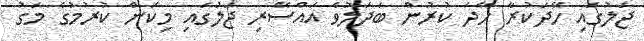
ޖަލުގައި ހޭދަކުރާ ހޭދަ ކުރުން ބަދަލުވެ އައްސޭރި ޖަލުގައި މިކަން ކުރުމުގެ މަގު